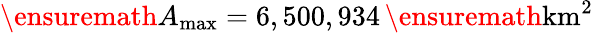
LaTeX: \ensuremath{A_{\mathrm{max}}}=6,500,934\, \ensuremath{\mathrm{km^{2}}}